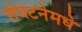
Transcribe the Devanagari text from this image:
संघटनेमधे